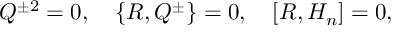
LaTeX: Q ^ { \pm 2 } = 0 , \quad \{ R , Q ^ { \pm } \} = 0 , \quad [ R , H _ { n } ] = 0 ,